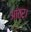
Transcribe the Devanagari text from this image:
आंत्र।